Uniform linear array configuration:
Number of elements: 16
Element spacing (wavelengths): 0.25
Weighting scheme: binomial
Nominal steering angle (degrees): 45
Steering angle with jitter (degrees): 46.535
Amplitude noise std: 0.05
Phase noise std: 0.05

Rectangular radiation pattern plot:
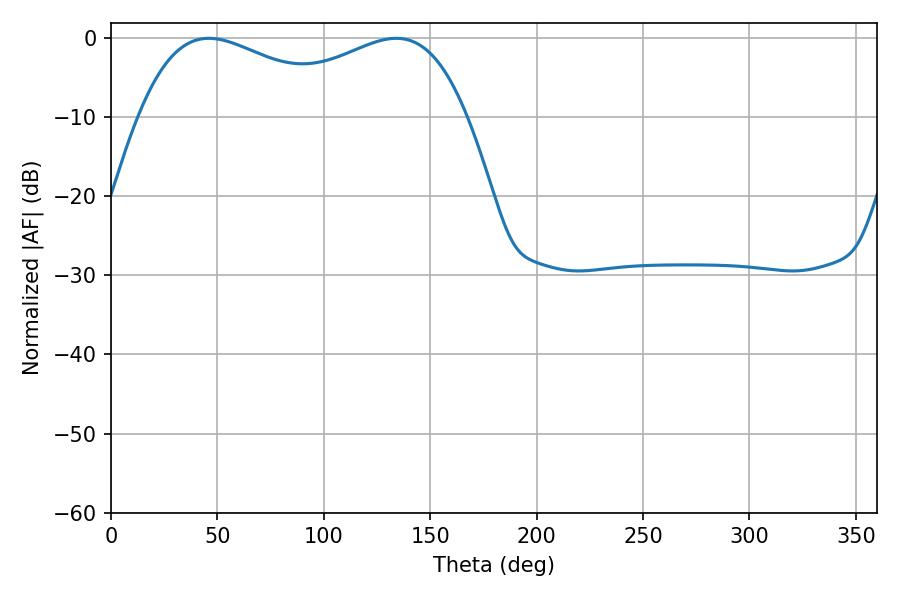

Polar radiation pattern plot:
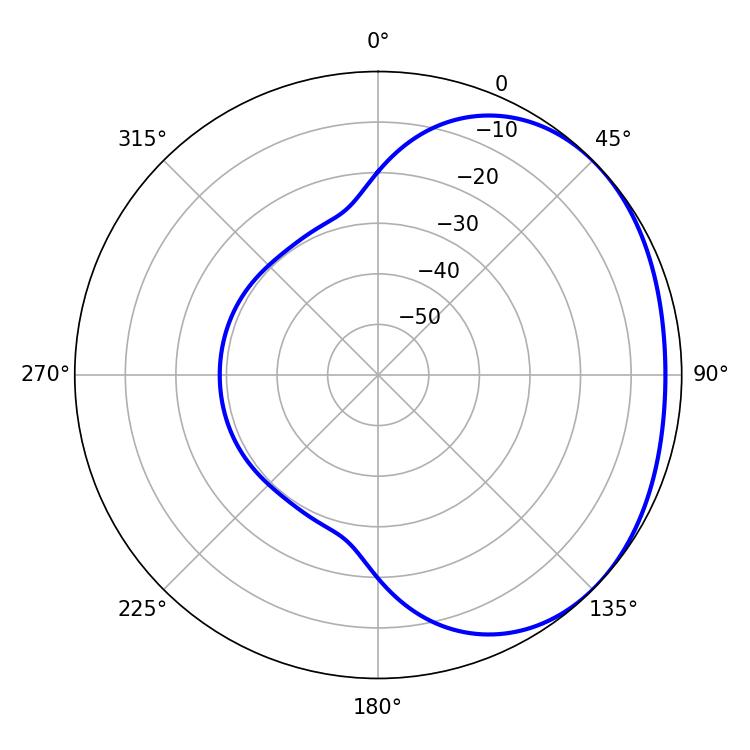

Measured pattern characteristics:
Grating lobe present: FALSE
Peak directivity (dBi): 1.749
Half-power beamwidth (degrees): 55.62
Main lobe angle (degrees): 45.9